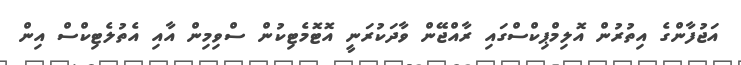
އަޖުފާންގެ އިތުރުން އޮލިމްޕިކްސްގައި ރާއްޖޭން ވާދަކުރަނީ އޮޓޮމެޓިކުން ސްވިމިން އާއި އެތުލެޓިކްސް އިން